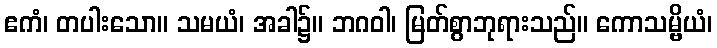
ဧကံ၊ တပါးသော။ သမယံ၊ အခါ၌။ ဘဂဝါ၊ မြတ်စွာဘုရားသည်။ ကောသမ္ဗိယံ၊